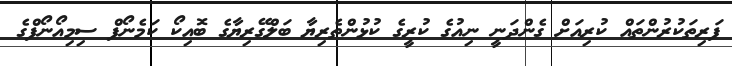
ފަރިތަކުރުންތައް ކުރިއަށް ގެންދަނީ ނިއުގެ ކުރީގެ ކުޅުންތެރިޔާ ބަލްގޭރިޔާގެ ބޮއިކޯ ކަމެނޯފް ސިމިއޯނޯފްގެ